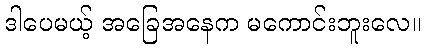
ဒါပေမယ့် အခြေအနေက မကောင်းဘူးလေ။